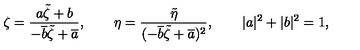
\zeta = \frac { a \tilde { \zeta } + b } { - \overline { { b } } \tilde { \zeta } + \overline { { a } } } , \qquad \eta = \frac { \tilde { \eta } } { ( - \overline { { b } } \tilde { \zeta } + \overline { { a } } ) ^ { 2 } } , \qquad | a | ^ { 2 } + | b | ^ { 2 } = 1 ,